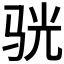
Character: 𫘡